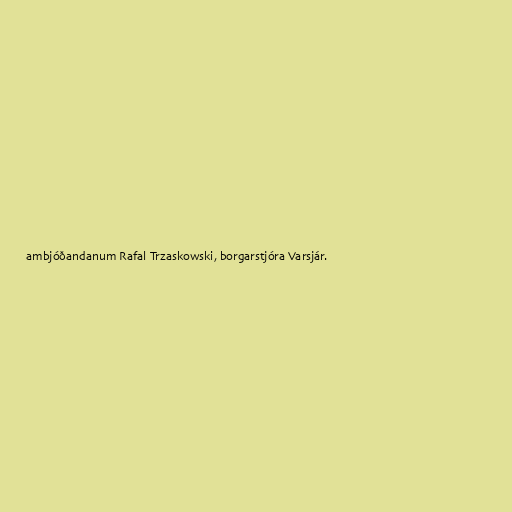
ambjóðandanum Rafal Trzaskowski, borgarstjóra Varsjár.